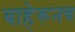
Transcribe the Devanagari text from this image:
बाहेरूनच